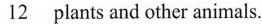
\underline{12} plants and other animals.